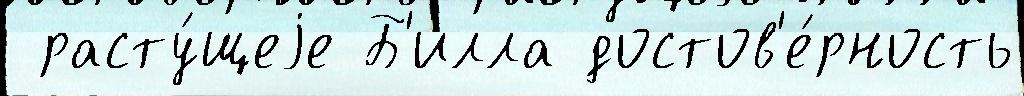
 расту́щеjе Б'илла достов'е́рность